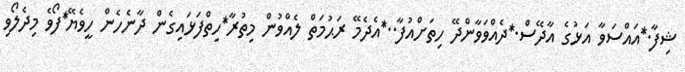
ޝިފާ.*އައްސަވާ އަޅުގެ އާދޭސް.*ދެއްވަވާންދޭ ހިތަށްއުފާ..*އެދެމޭ ރަޙުމަތް ލެއްވުން މިތުރާ*ހިތްފަޅައިގެން ދާނެހެން ހީވެޔޭ*ފޯވެ މިދެލޯވި